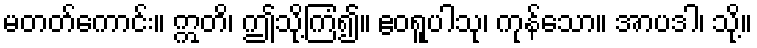
မတတ်ကောင်း။ ဣတိ၊ ဤသို့ကြံ၍။ ဧဝရူပါသု၊ ကုန်သော။ အာပဒါ၊ သို့။